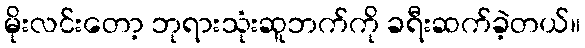
မိုးလင်းတော့ ဘုရားသုံးဆူဘက်ကို ခရီးဆက်ခဲ့တယ်။